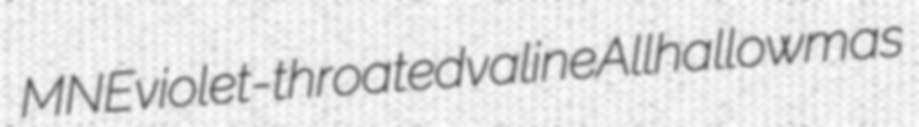
MNE violet-throated valine Allhallowmas